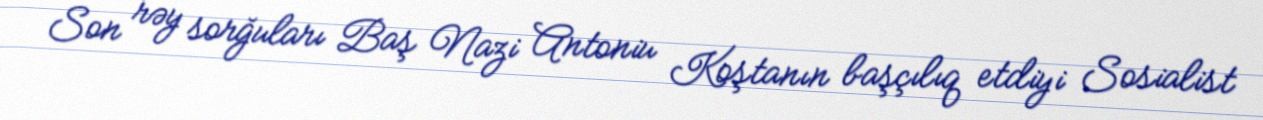
Son rəy sorğuları Baş Nazi Antoniu Koştanın başçılıq etdiyi Sosialist